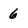
Character: 6